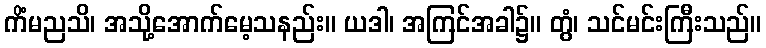
ကိံမညသိ၊ အသို့အောက်မေ့သနည်း။ ယဒါ၊ အကြင်အခါ၌။ တွံ၊ သင်မင်းကြီးသည်။